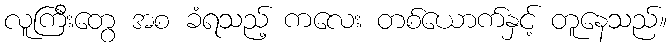
လူကြီးတွေ အစ ခံရသည့် ကလေး တစ်ယောက်နှင့် တူနေသည်။